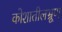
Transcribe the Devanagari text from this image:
कोशातीलभ्रूण